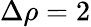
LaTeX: \Delta\rho=2